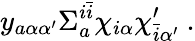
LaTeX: y_{a\alpha\alpha^{\prime}}\Sigma_{a}^{i{\bar{i}}}\chi_{i\alpha}\chi_{{\bar{i}}\alpha^{\prime}}^{\prime}~.